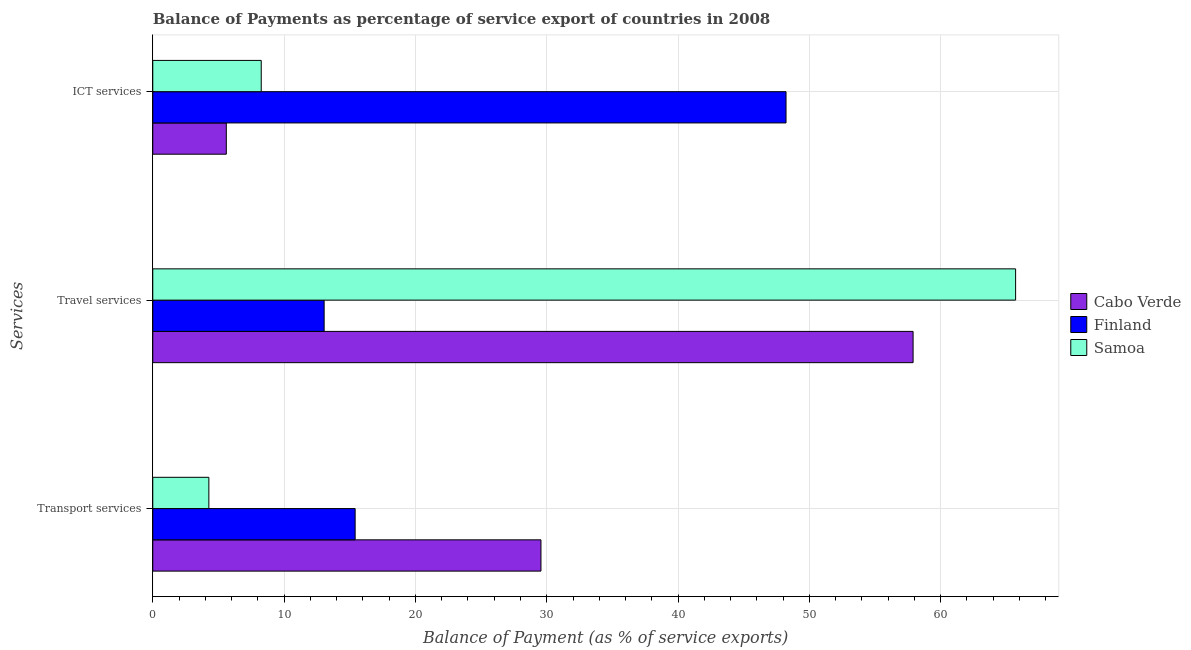
| Services | Cabo Verde | Finland | Samoa |
 | --- | --- | --- | --- |
 | Transport services | 29.6 | 15.4 | 4.27 |
 | Travel services | 57.9 | 13 | 65.7 |
 | ICT services | 5.6 | 48.2 | 8.26 |